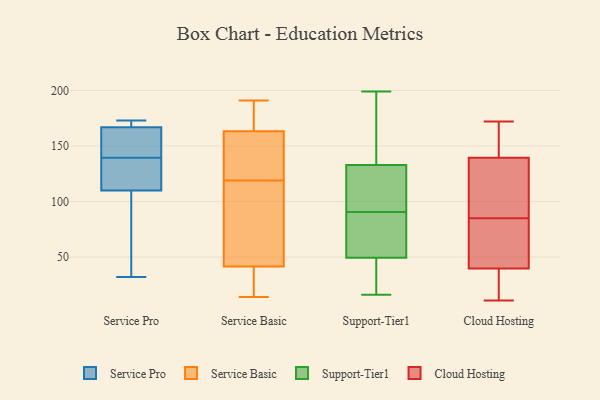
{"axis": {"x": "Operating Costs (USD K)", "y": "Value"}, "legend": ["Cloud Hosting", "Service Basic", "Service Pro", "Support-Tier1"], "data": [{"x": "", "y": 173, "type": "Service Pro"}, {"x": "", "y": 152, "type": "Service Pro"}, {"x": "", "y": 169, "type": "Service Pro"}, {"x": "", "y": 110, "type": "Service Pro"}, {"x": "", "y": 122, "type": "Service Pro"}, {"x": "", "y": 49, "type": "Service Pro"}, {"x": "", "y": 167, "type": "Service Pro"}, {"x": "", "y": 32, "type": "Service Pro"}, {"x": "", "y": 127, "type": "Service Pro"}, {"x": "", "y": 167, "type": "Service Pro"}, {"x": "", "y": 66, "type": "Service Basic"}, {"x": "", "y": 113, "type": "Service Basic"}, {"x": "", "y": 156, "type": "Service Basic"}, {"x": "", "y": 34, "type": "Service Basic"}, {"x": "", "y": 191, "type": "Service Basic"}, {"x": "", "y": 42, "type": "Service Basic"}, {"x": "", "y": 76, "type": "Service Basic"}, {"x": "", "y": 14, "type": "Service Basic"}, {"x": "", "y": 119, "type": "Service Basic"}, {"x": "", "y": 40, "type": "Service Basic"}, {"x": "", "y": 169, "type": "Service Basic"}, {"x": "", "y": 125, "type": "Service Basic"}, {"x": "", "y": 23, "type": "Service Basic"}, {"x": "", "y": 162, "type": "Service Basic"}, {"x": "", "y": 167, "type": "Service Basic"}, {"x": "", "y": 141, "type": "Service Basic"}, {"x": "", "y": 173, "type": "Service Basic"}, {"x": "", "y": 100, "type": "Support-Tier1"}, {"x": "", "y": 64, "type": "Support-Tier1"}, {"x": "", "y": 199, "type": "Support-Tier1"}, {"x": "", "y": 126, "type": "Support-Tier1"}, {"x": "", "y": 26, "type": "Support-Tier1"}, {"x": "", "y": 27, "type": "Support-Tier1"}, {"x": "", "y": 73, "type": "Support-Tier1"}, {"x": "", "y": 158, "type": "Support-Tier1"}, {"x": "", "y": 121, "type": "Support-Tier1"}, {"x": "", "y": 103, "type": "Support-Tier1"}, {"x": "", "y": 16, "type": "Support-Tier1"}, {"x": "", "y": 166, "type": "Support-Tier1"}, {"x": "", "y": 66, "type": "Support-Tier1"}, {"x": "", "y": 140, "type": "Support-Tier1"}, {"x": "", "y": 35, "type": "Support-Tier1"}, {"x": "", "y": 81, "type": "Support-Tier1"}, {"x": "", "y": 35, "type": "Cloud Hosting"}, {"x": "", "y": 12, "type": "Cloud Hosting"}, {"x": "", "y": 172, "type": "Cloud Hosting"}, {"x": "", "y": 58, "type": "Cloud Hosting"}, {"x": "", "y": 48, "type": "Cloud Hosting"}, {"x": "", "y": 66, "type": "Cloud Hosting"}, {"x": "", "y": 138, "type": "Cloud Hosting"}, {"x": "", "y": 154, "type": "Cloud Hosting"}, {"x": "", "y": 165, "type": "Cloud Hosting"}, {"x": "", "y": 101, "type": "Cloud Hosting"}, {"x": "", "y": 85, "type": "Cloud Hosting"}, {"x": "", "y": 140, "type": "Cloud Hosting"}, {"x": "", "y": 37, "type": "Cloud Hosting"}, {"x": "", "y": 93, "type": "Cloud Hosting"}, {"x": "", "y": 11, "type": "Cloud Hosting"}]}